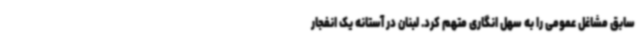
سابق مشاغل عمومی را به سهل انگاری متهم کرد. لبنان در آستانه یک انفجار